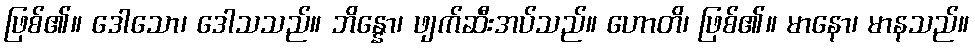
ဖြစ်၏။ ဒေါသော၊ ဒေါသသည်။ ဘိန္နော၊ ဖျက်ဆီးအပ်သည်။ ဟောတိ၊ ဖြစ်၏။ မာနော၊ မာနသည်။